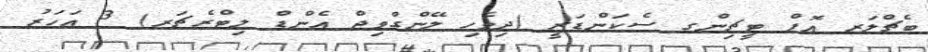
ބެޗްލަރ އޮފް ޓީޗިންގ ސެކަންޑަރީ (ދިވެހި ލޭންގްވިޖް އެންޑް ލިޓްރެޗަރ) 3 އަހަރު